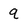
Character: q